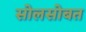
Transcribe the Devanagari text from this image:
सोलसोबत